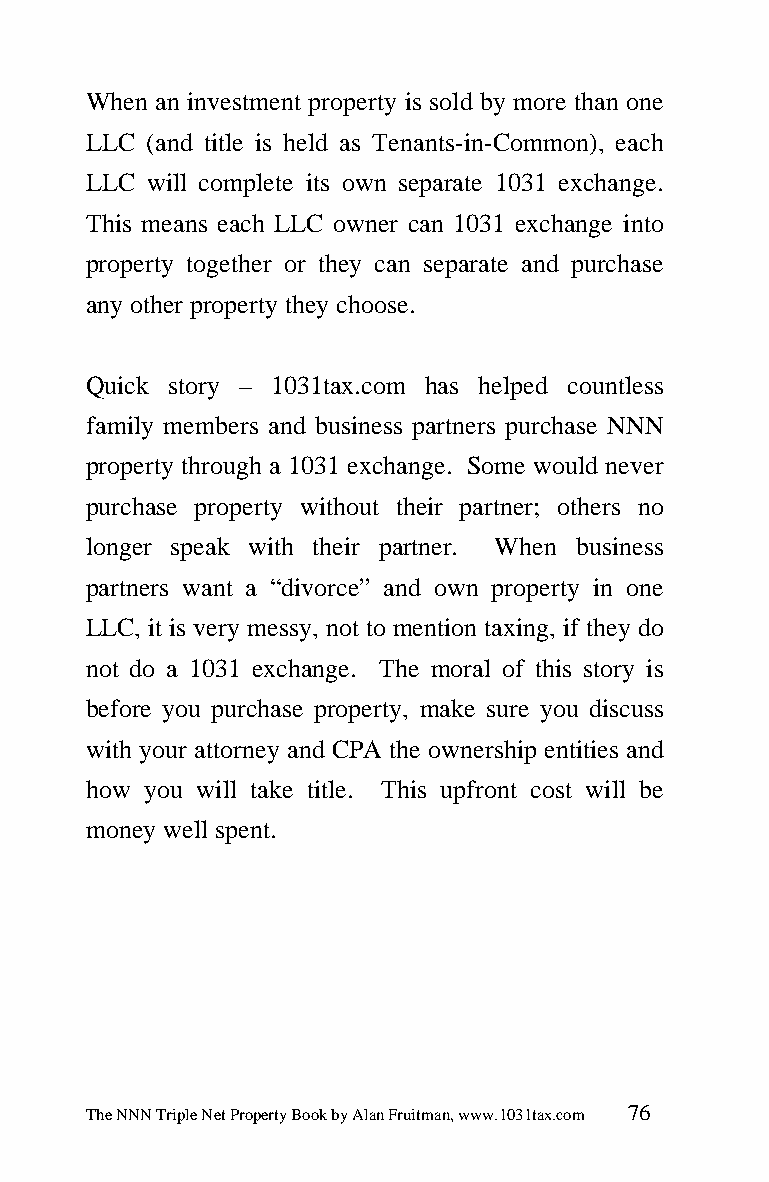
When an investment property is sold by more than one
 LLC (and title is held as Tenants-in-Common), each
 LLC will complete its own separate 1031 exchange.
 This means each LLC owner can 1031 exchange into
 property together or they can separate and purchase
 any other property they choose.
 Quick story – 1031tax.com has helped countless
 family members and business partners purchase NNN
 property through a 1031 exchange. Some would never
 purchase property without their partner; others no
 longer speak with their partner. When business
 partners want a “divorce” and own property in one
 LLC, it is very messy, not to mention taxing, if they do
 not do a 1031 exchange. The moral of this story is
 before you purchase property, make sure you discuss
 with your attorney and CPA the ownership entities and
 how you will take title. This upfront cost will be
 money well spent.
 The NNN Triple Net Property Book by Alan Fruitman, www.1031tax.com 76